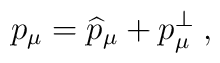
p_\mu =\widehat{p}_\mu +p_\mu ^{\bot }\;,